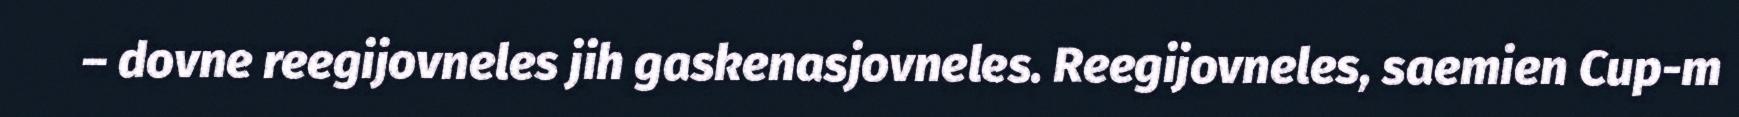
– dovne reegijovneles jih gaskenasjovneles. Reegijovneles, saemien Cup-m